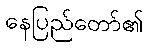
နေပြည်တော်၏